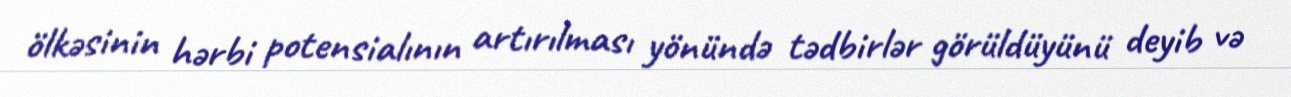
ölkəsinin hərbi potensialının artırılması yönündə tədbirlər görüldüyünü deyib və